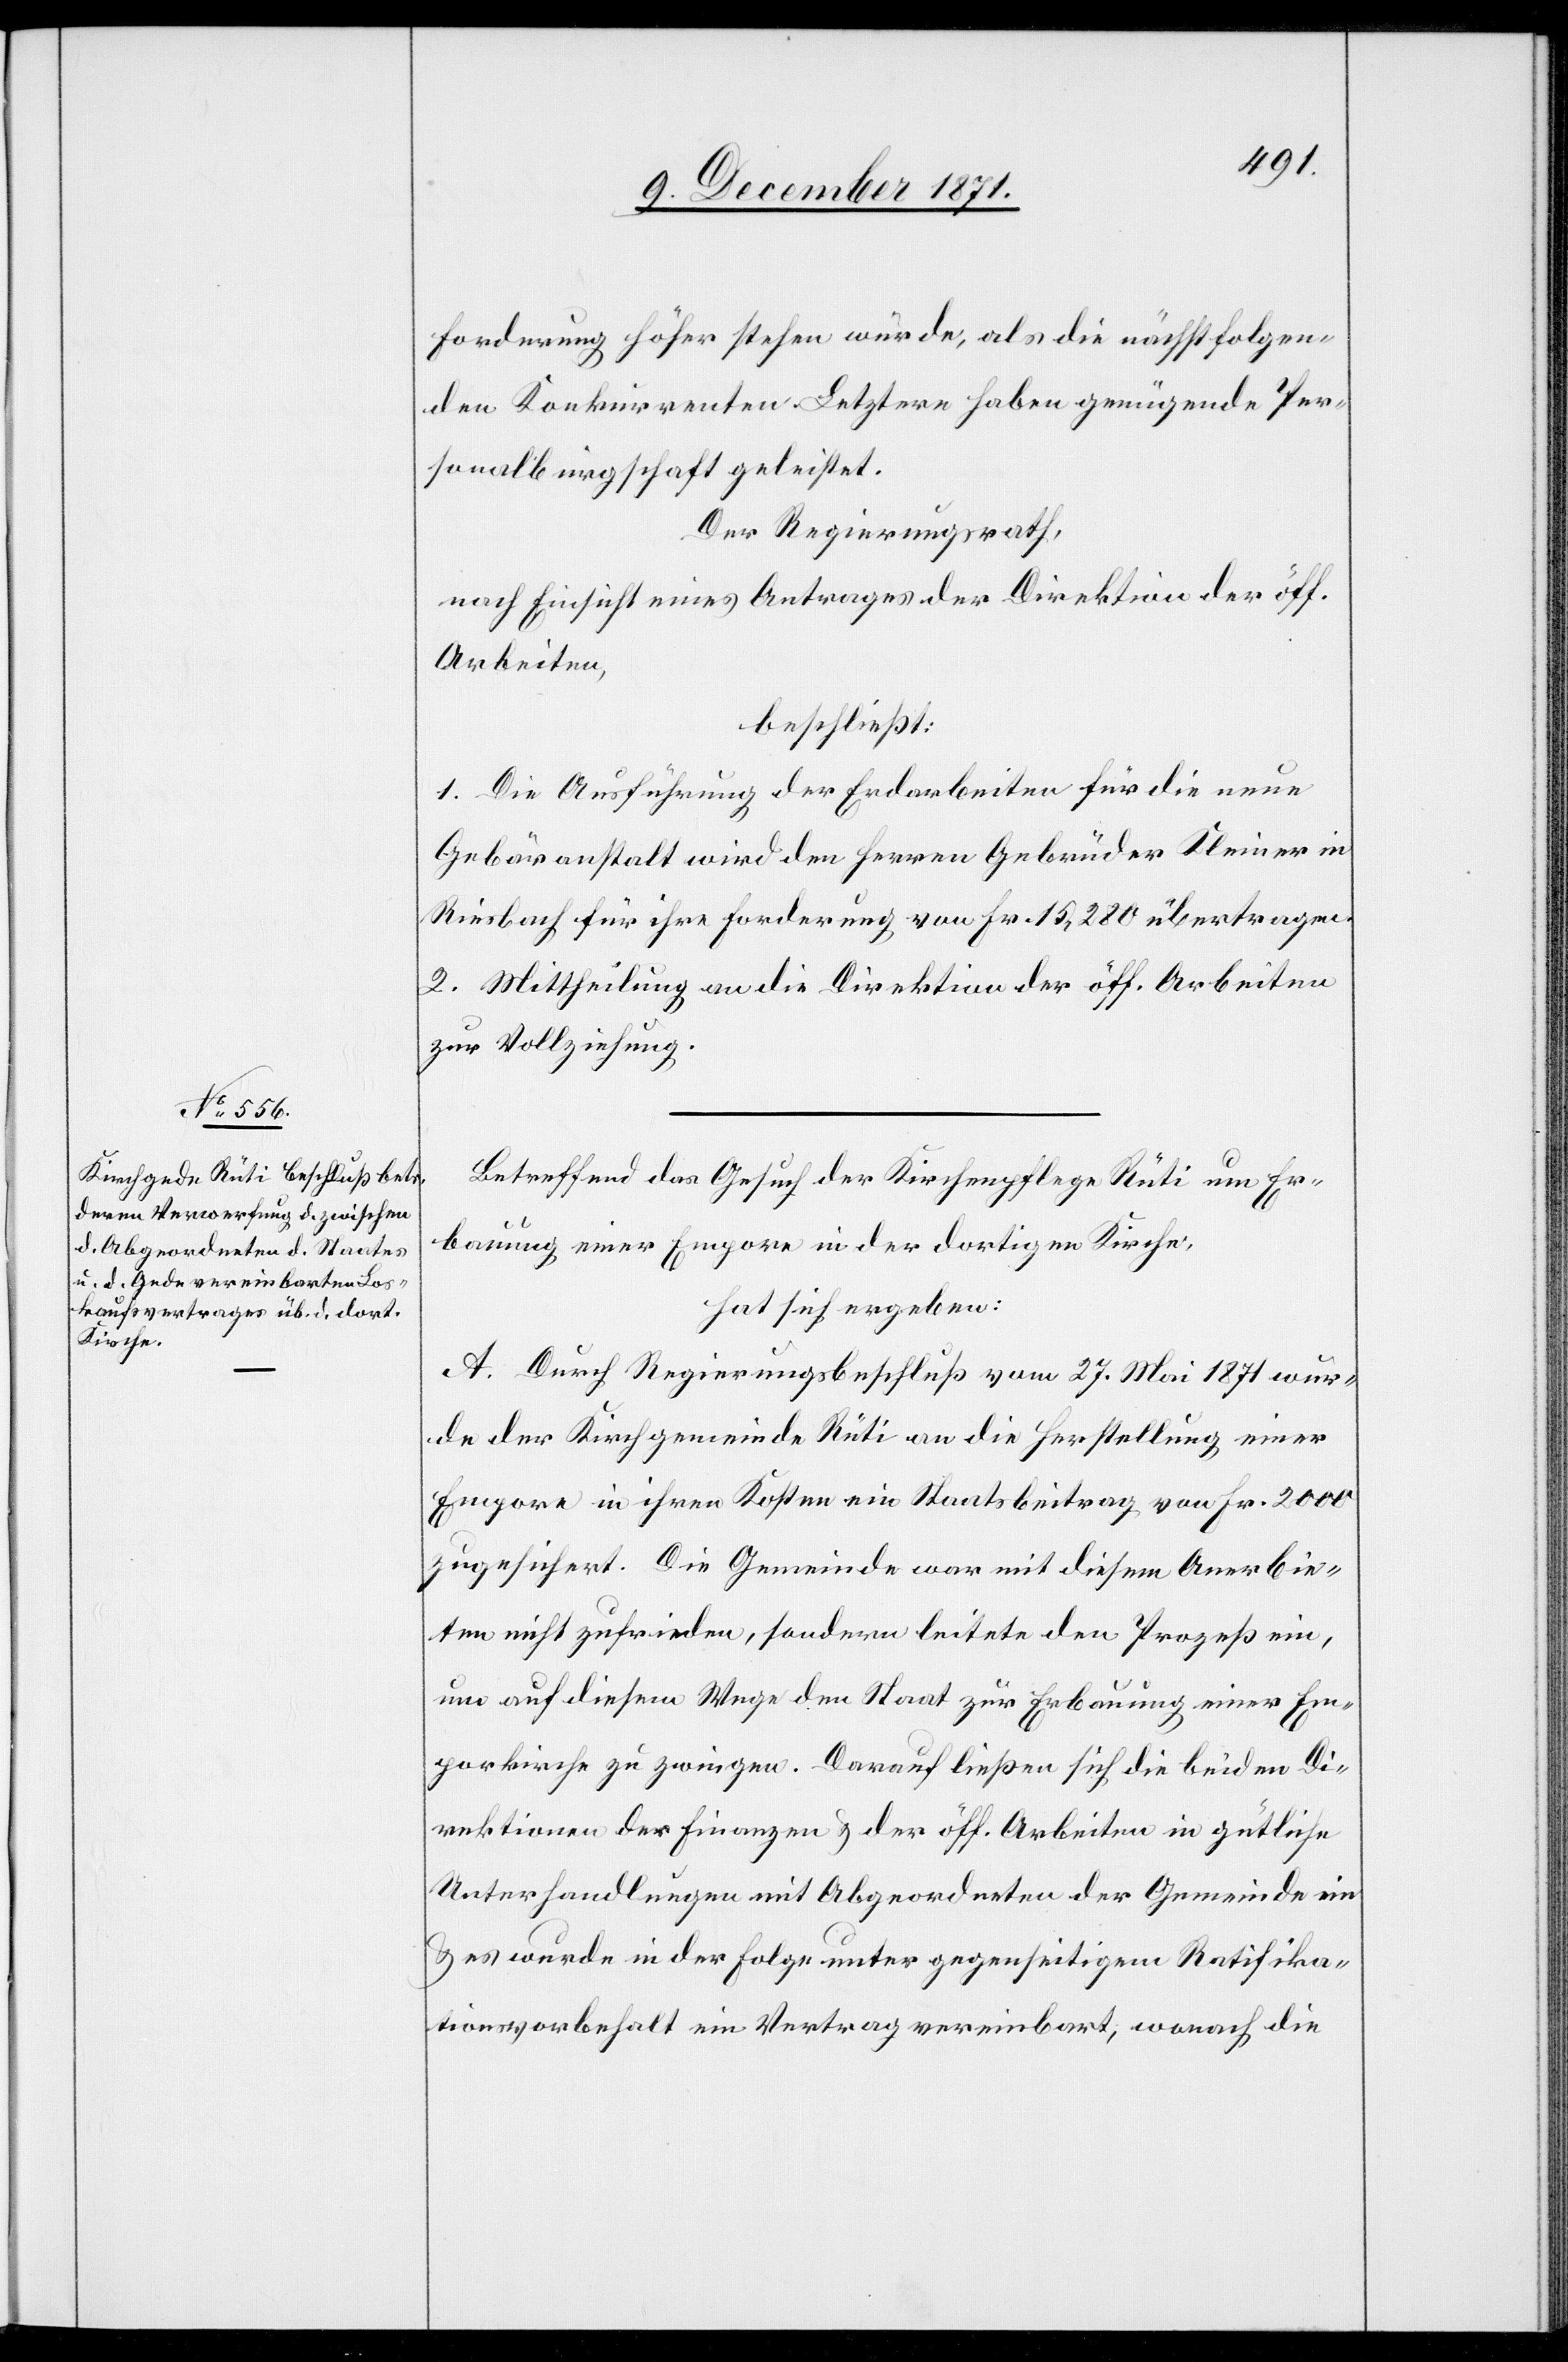
Forderung höher stehen würde, als die nächstfolgen¬
den Kokurrenten. Letztere haben genügende Per¬
sonalbürgschaft geleistet.
Der Regierungsrath,
nach Einsicht eines Antrages der Direktion der öff.
Arbeiten,
beschließt:
1. Die Ausführung der Erdarbeiten für die neue
Gebäranstalt wird den Herren Gebrüder Kleiner in
Riesbach für ihre Forderung von Fr. 15,280 übertragen.
2. Mittheilung an die Direktion der öff. Arbeiten
zur Vollziehung.
Betreffend das Gesuch der Kirchenpflege Rüti um Er¬
bauung einer Empore in der dortigen Kirche,
hat sich ergeben:
A. Durch Regierungsbeschluß vom 27. Mai 1871 wur¬
de der Kirchgemeinde Rüti an die Herstellung einer
Empore in ihren Kosten ein Staatsbeitrag von Fr. 2000
zugesichert. Die Gemeinde war mit diesem Anerbie¬
ten nicht zufrieden, sondern leitete den Prozeß ein,
um auf diesem Wege den Staat zur Erbauung einer Em¬
porkirche zu zwingen. Darauf ließen sich die beiden Di¬
rektionen der Finanzen & der öff. Arbeiten in gütliche
Unterhandlungen mit Abgeordneten der Gemeinde ein
& es wurde in der Folge unter gegenseitigem Ratifika¬
tionsvorbehalt ein Vertrag vereinbart, wonach die